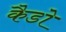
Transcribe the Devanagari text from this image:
कैडो